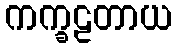
ကက္ခဠတာယ